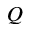
Q